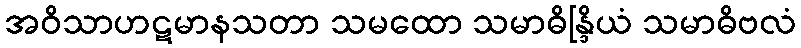
အဝိသာဟဋမာနသတာ သမထော သမာဓိန္ဒြိယံ သမာဓိဗလံ